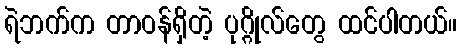
ရဲဘက်က တာဝန်ရှိတဲ့ ပုဂ္ဂိုလ်တွေ ထင်ပါတယ်။